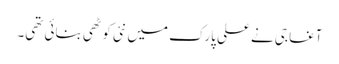
آغا جی نے علی پارک میں نئی کوٹھی بنائی تھی۔